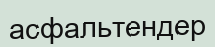
асфальтендер